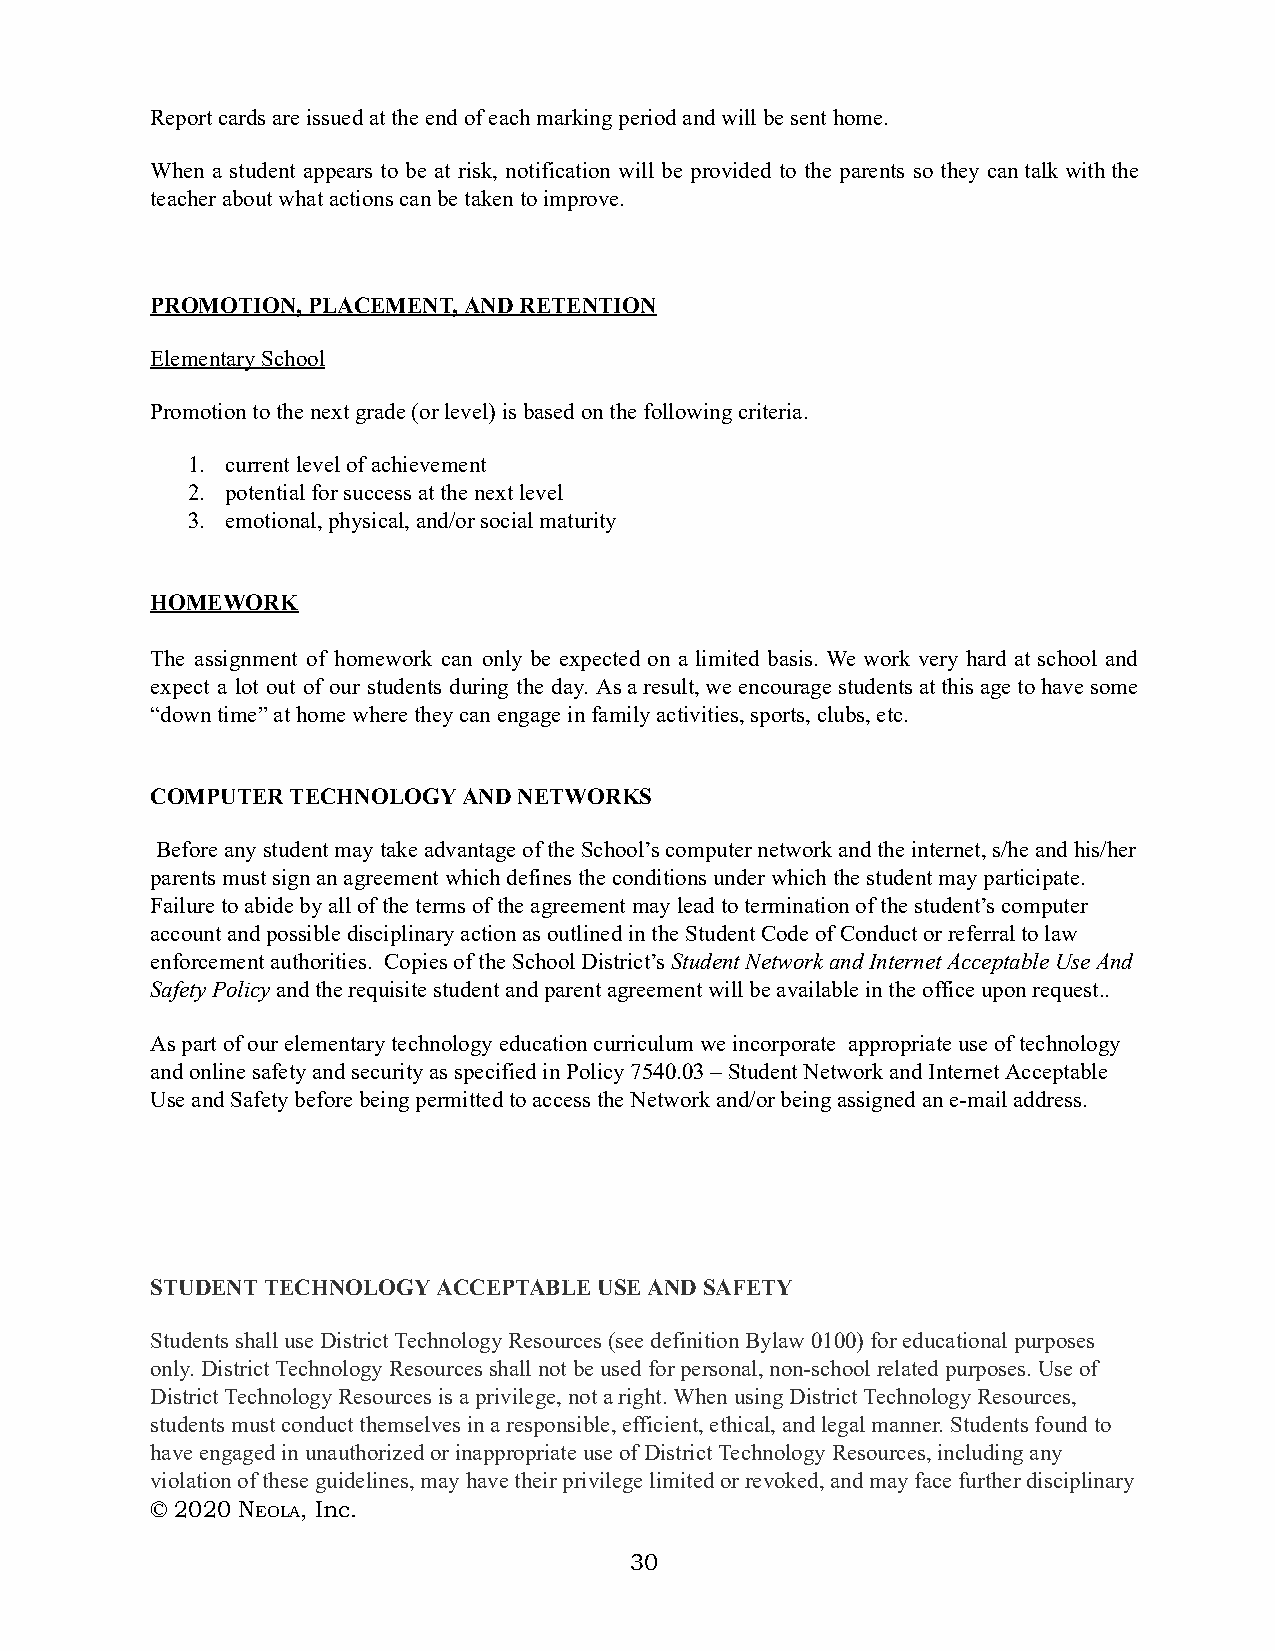
Report cards are issued at the end of each marking period and will be sent home.
 When a student appears to be at risk, notification will be provided to the parents so they can talk with the
 teacher about what actions can be taken to improve.
 PROMOTION, PLACEMENT, AND RETENTION
 Elementary School
 Promotion to the next grade (or level) is based on the following criteria.
 1. current level of achievement
 2. potential for success at the next level
 3. emotional, physical, and/or social maturity
 HOMEWORK
 The assignment of homework can only be expected on a limited basis. We work very hard at school and
 expect a lot out of our students during the day. As a result, we encourage students at this age to have some
 “down time” at home where they can engage in family activities, sports, clubs, etc.
 COMPUTER TECHNOLOGY  AND NETWORKS
 Before any student may take advantage of the School’s computer network and the internet, s/he and his/her
 parents must sign an agreement which defines the conditions under which the student may participate.
 Failure to abide by all of the terms of the agreement may lead to termination of the student’s computer
 account and possible disciplinary action as outlined in the Student Code of Conduct or referral to law
 enforcement authorities. Copies of the School District’s S tudent Network and Internet Acceptable Use And
 Safety Policy and the requisite student and parent agreement will be available in the office upon request..
 As part of our elementary technology education curriculum we incorporate appropriate use of technology
 and online safety and security as specified in Policy 7540.03 – Student Network and Internet Acceptable
 Use and Safety before being permitted to access the Network and/or being assigned an e-mail address.
 STUDENT TECHNOLOGY ACCEPTABLE USE AND SAFETY
 Students shall use District Technology Resources (see definition Bylaw 0100) for educational purposes
 only. District Technology Resources shall not be used for personal, non-school related purposes. Use of
 District Technology Resources is a privilege, not a right. When using District Technology Resources,
 students must conduct themselves in a responsible, efficient, ethical, and legal manner. Students found to
 have engaged in unauthorized or inappropriate use of District Technology Resources, including any
 violation of these guidelines, may have their privilege limited or revoked, and may face further disciplinary
 © 2020 NE OLA, Inc.
 30